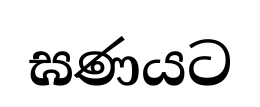
ඝණයට